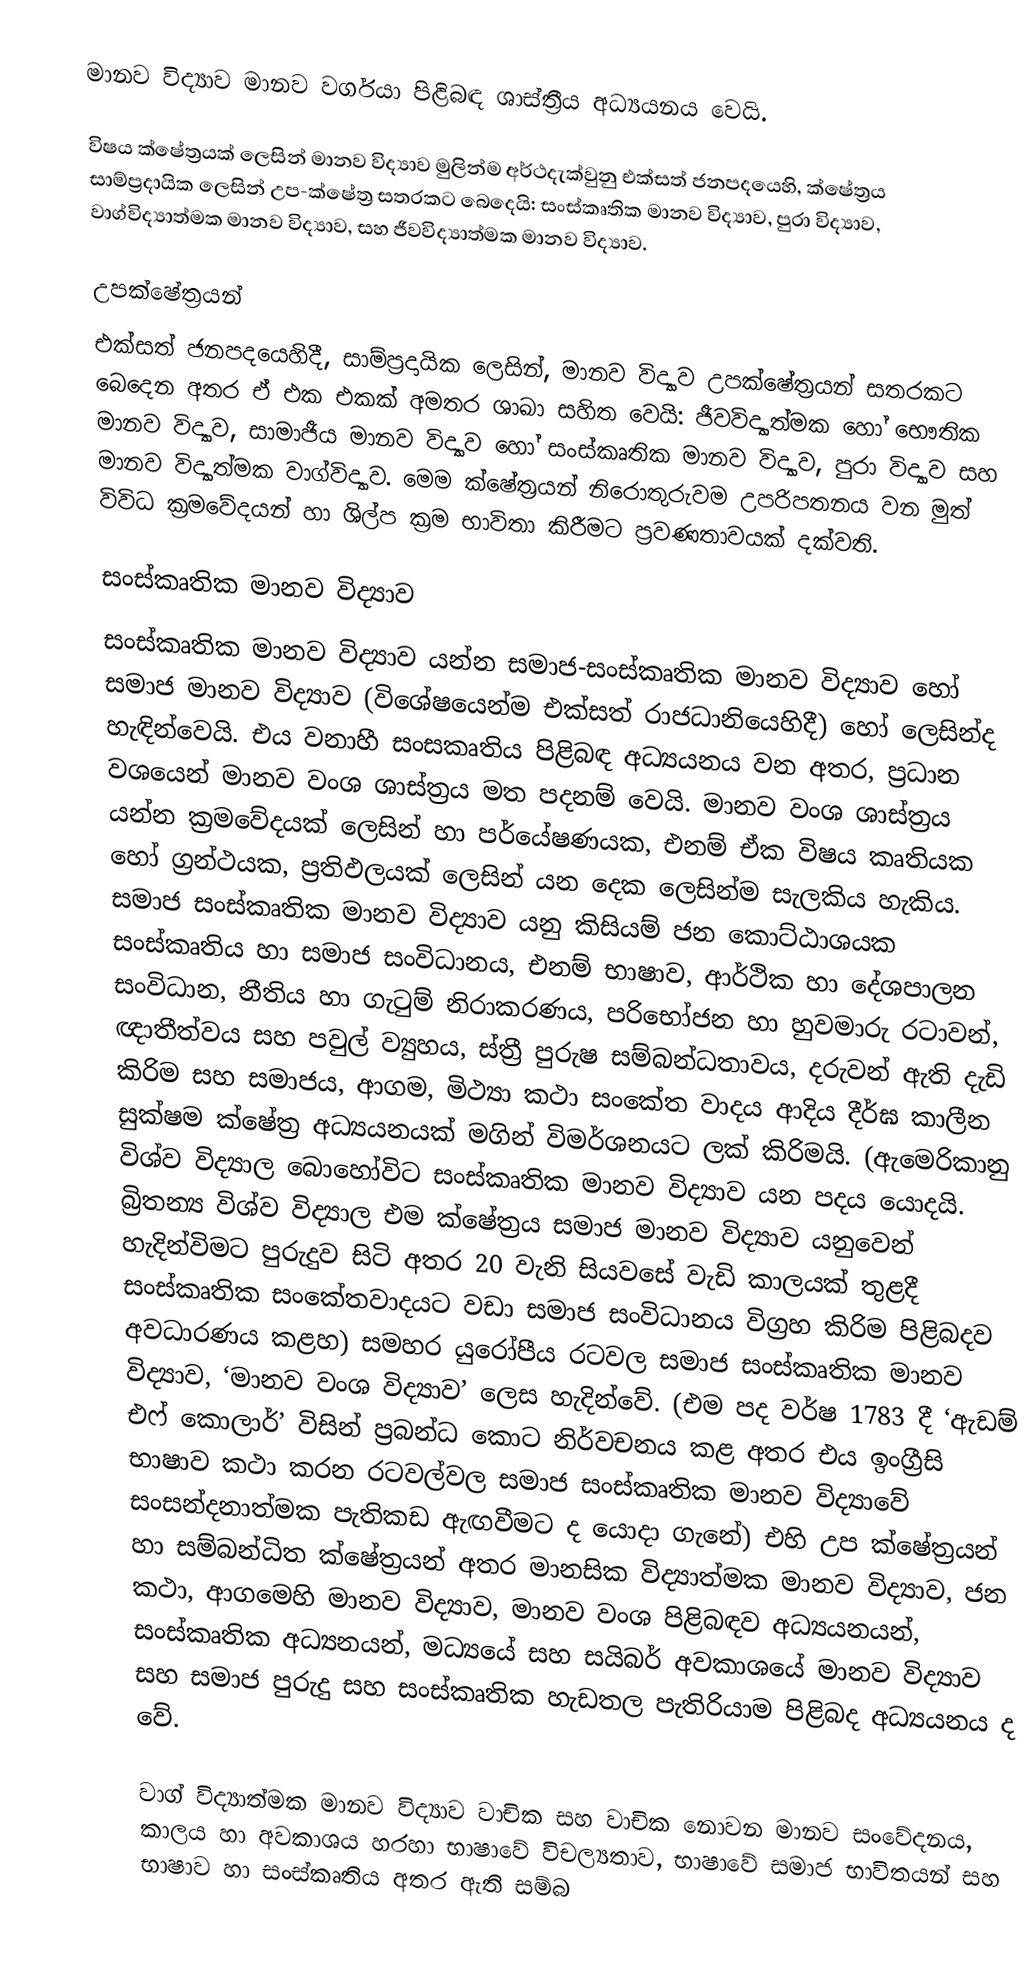
මානව විද්‍යාව මානව වර්ගයා පිළිබඳ ශාස්ත්‍රීය අධ්‍යයනය වෙයි.

විෂය ක්ෂේත්‍රයක් ලෙසින් මානව විද්‍යාව මුලින්ම අර්ථදැක්වුනු එක්සත් ජනපදයෙහි, ක්ෂේත්‍රය සාම්ප්‍රදායික ලෙසින් උප-ක්ෂේත්‍ර සතරකට බෙදෙයි: සංස්කෘතික මානව විද්‍යාව, පුරා විද්‍යාව, වාග්විද්‍යාත්මක මානව විද්‍යාව, සහ ජීවවිද්‍යාත්මක මානව විද්‍යාව.

උපක්ෂේත්‍රයන්
එක්සත් ජනපදයෙහිදී, සාම්ප්‍රදායික ලෙසින්, මානව විද්‍යාව උපක්ෂේත්‍රයන් සතරකට බෙදෙන අතර ඒ එක එකක් අමතර ශාඛා සහිත වෙයි: ජීවවිද්‍යාත්මක හෝ භෞතික මානව විද්‍යාව, සාමාජීය මානව විද්‍යාව හෝ සංස්කෘතික මානව විද්‍යාව, පුරා විද්‍යාව සහ මානව විද්‍යාත්මක වාග්විද්‍යාව. මෙම ක්ෂේත්‍රයන් නිරොතුරුවම උපරිපතනය වන මුත් විවිධ ක්‍රමවේදයන් හා ශිල්ප ක්‍රම භාවිතා කිරීමට ප්‍රවණතාවයක් දක්වති.

සංස්කෘතික මානව විද්‍යාව
සංස්කෘතික මානව විද්‍යාව යන්න සමාජ-සංස්කෘතික  මානව විද්‍යාව හෝ සමාජ මානව විද්‍යාව (විශේෂයෙන්ම එක්සත් රාජධානියෙහිදී) හෝ ලෙසින්ද හැඳින්වෙයි. එය වනාහී සංසකෘතිය පිළිබඳ අධ්‍යයනය වන අතර, ප්‍රධාන වශයෙන්  මානව වංශ ශාස්ත්‍රය මත පදනම් වෙයි. මානව වංශ ශාස්ත්‍රය යන්න ක්‍රමවේදයක් ලෙසින් හා  පර්යේෂණයක, එනම් ඒක විෂය කෘතියක හෝ ග්‍රන්ථයක, ප්‍රතිඵලයක් ලෙසින් යන දෙක ලෙසින්ම සැලකිය හැකිය. සමාජ සංස්කෘතික මානව විද්‍යාව යනු කිසියම් ජන කොට්ඨාශයක සංස්කෘතිය හා සමාජ සංවිධානය, එනම් භාෂාව, ආර්ථික හා දේශපාලන සංවිධාන, නීතිය හා ගැටුම් නිරාකරණය, පරිභෝජන හා හුවමාරු රටාවන්, ඥාතීත්වය සහ පවුල් ව්‍යුහය, ස්ත්‍රී  පුරුෂ සම්බන්ධතාවය, දරුවන් ඇති දැඩි කිරිම සහ සමාජය, ආගම, මිථ්‍යා කථා සංකේත වාදය ආදිය දීර්ඝ කාලීන සුක්ෂම ක්ෂේත්‍ර අධ්‍යයනයක් මගින් විමර්ශනයට ලක් කිරිමයි. (ඇමෙරිකානු විශ්ව විද්‍යාල බොහෝවිට සංස්කෘතික මානව විද්‍යාව යන පදය යොදයි. බ්‍රිතන්‍ය  විශ්ව විද්‍යාල එම ක්ෂේත්‍රය සමාජ  මානව විද්‍යාව යනුවෙන් හැදින්විමට පුරුදුව සිටි අතර 20 වැනි සියවසේ වැඩි කාලයක් තුළදී සංස්කෘතික සංකේතවාදයට වඩා සමාජ සංවිධානය විග්‍රහ කිරිම පිළිබදව අවධාරණය කළහ) සමහර යුරෝපීය රටවල සමාජ සංස්කෘතික මානව විද්‍යාව, ‘මානව වංශ විද්‍යාව’ ලෙස හැදින්වේ. (එම පද වර්ෂ 1783 දී ‘ඇඩම් එෆ් කොලාර්’ විසින් ප්‍රබන්ධ කොට නිර්වචනය කළ අතර එය ඉංග්‍රීසි භාෂාව කථා කරන රටවල්වල සමාජ සංස්කෘතික මානව විද්‍යාවේ  සංසන්දනාත්මක පැතිකඩ ඇඟවීමට ද යොදා ගැනේ) එහි උප ක්ෂේත්‍රයන් හා සම්බන්ධිත ක්ෂේත්‍රයන් අතර මානසික විද්‍යාත්මක මානව විද්‍යාව, ජන කථා, ආගමෙහි මානව විද්‍යාව, මානව වංශ පිළිබඳව  අධ්‍යයනයන්, සංස්කෘතික අධ්‍යනයන්, මධ්‍යයේ සහ සයිබර් අවකාශයේ මානව විද්‍යාව සහ සමාජ පුරුදු සහ සංස්කෘතික හැඩතල පැතිරියාම පිළිබද අධ්‍යයනය ද වේ.

වාග් විද්‍යාත්මක මානව විද්‍යාව වාචික සහ වාචික නොවන මානව සංවේදනය, කාලය හා අවකාශය හරහා භාෂාවේ විචල්‍යතාව, භාෂාවේ සමාජ භාවිතයන් සහ භාෂාව හා සංස්කෘතිය අතර ඇති සම්බ